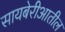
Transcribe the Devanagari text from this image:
सायबेरीआतील